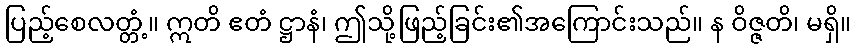
ပြည့်စေလတ္တံ့။ ဣတိ ဧတံ ဋ္ဌာနံ၊ ဤသို့ဖြည့်ခြင်း၏အကြောင်းသည်။ န ဝိဇ္ဇတိ၊ မရှိ။